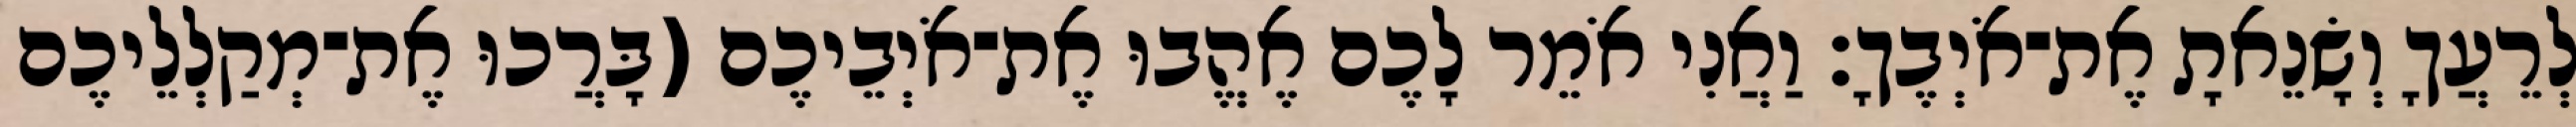
לְרֵעֲךָ וְשָׂנֵאתָ אֶת־אֹיְבֶךָ׃ וַאֲנִי אֹמֵר לָכֶם אֶהֱבוּ אֶת־אֹיְבֵיכֶם (בָּרֲכוּ אֶת־מְקַלְלֵיכֶם